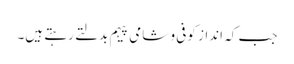
جب کہ انداز کوفی و شامی پیہم بدلتے رہتے ہیں۔